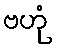
ဗဟုံ